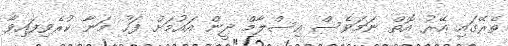
ތެރޭގައި އޭރު އޮތް ނަމަވެސް އިސްލާމް ދީން އައުމަށް ފަހު މަނާ ކުރެވިފައިވާ